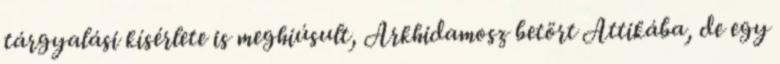
tárgyalási kísérlete is meghiúsult, Arkhidamosz betört Attikába, de egy